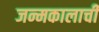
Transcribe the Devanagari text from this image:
जन्मकालाची